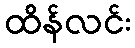
ထိန်လင်း